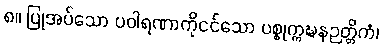
၈။ ပြုအပ်သော ပဝါရဏာကိုငင်သော ပစ္စုက္ကဍ္ဎနဉတ္တိကံ၊